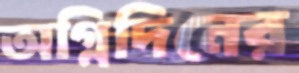
অগ্নিদিনের